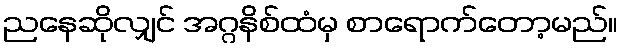
ညနေဆိုလျှင် အဂ္ဂနိစ်ထံမှ စာရောက်တော့မည်။